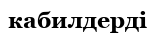
кабилдерді